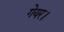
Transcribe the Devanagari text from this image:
गेयर।